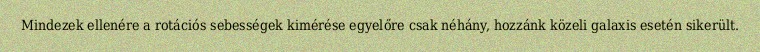
Mindezek ellenére a rotációs sebességek kimérése egyelőre csak néhány, hozzánk közeli galaxis esetén sikerült.